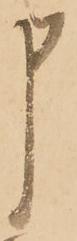
申